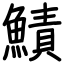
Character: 鰿